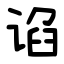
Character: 谄